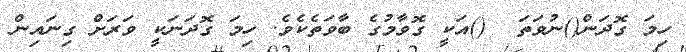
ހިމަ ގޮދަން()ނުވަތަ  ()އަކީ ގޮވާމުގެ ބާވަތެކެވެ. ހިމަ ގޮދަނަކީ ވަރަށް ގިނައިން